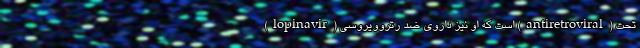
(lopinavir) است که او نیز داروی ضد رتروویروسی (antiretroviral) تحت